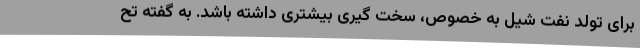
برای تولد نفت شیل به خصوص، سخت گیری بیشتری داشته باشد. به گفته تح